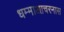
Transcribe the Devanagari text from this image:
धम्माआचरनास